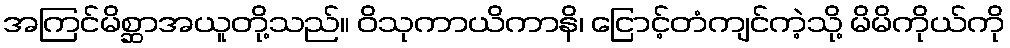
အကြင်မိစ္ဆာအယူတို့သည်။ ဝိသုကာယိကာနိ၊ ငြောင့်တံကျင်ကဲ့သို့ မိမိကိုယ်ကို